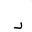
Letter: _dal